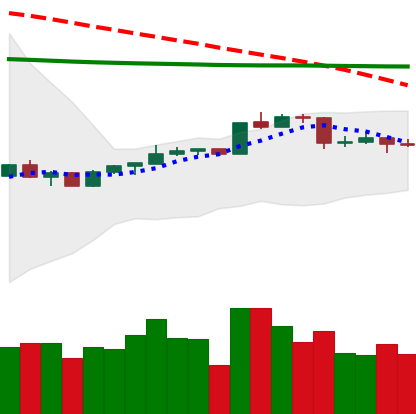
Ticker: ADA-USD
Chart end date: 2020-04-14
Forward return: 8.619%
Label: up_7plus